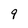
Character: 9